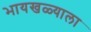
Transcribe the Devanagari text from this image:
भायखळ्याला